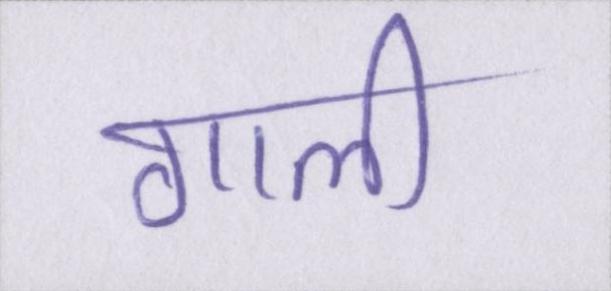
गाली